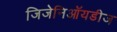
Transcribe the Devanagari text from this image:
जिजेनिऑयडीज